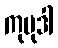
ကုမုဒါ